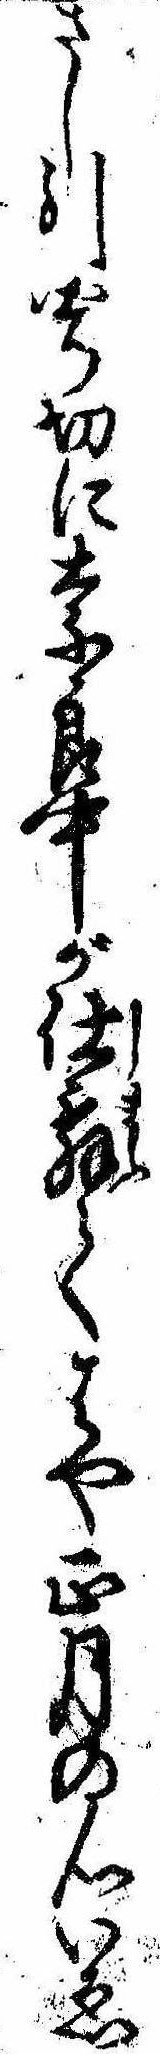
さし引四ッ切に奈良中が仕舞てはや正月の心いゑ